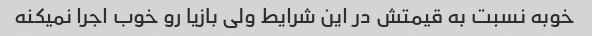
خوبه نسبت به قیمتش در این شرایط ولی بازیا رو خوب اجرا نمیکنه